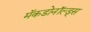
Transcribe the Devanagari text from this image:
मॅकडोनॉल्ड्स